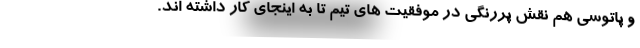
و پاتوسی هم نقش پررنگی در موفقیت های تیم تا به اینجای کار داشته اند.